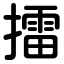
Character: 擂